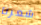
شعرنا